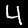
Label: 4